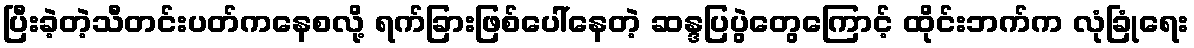
ပြီးခဲ့တဲ့သီတင်းပတ်ကနေစလို့ ရက်ခြားဖြစ်ပေါ်နေတဲ့ ဆန္ဒပြပွဲတွေကြောင့် ထိုင်းဘက်က လုံခြုံရေး